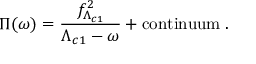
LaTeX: \Pi ( \omega ) = { \frac { f _ { \Lambda _ { c 1 } } ^ { 2 } } { \Lambda _ { c 1 } - \omega } } + \mathrm { c o n t i n u u m } \; .